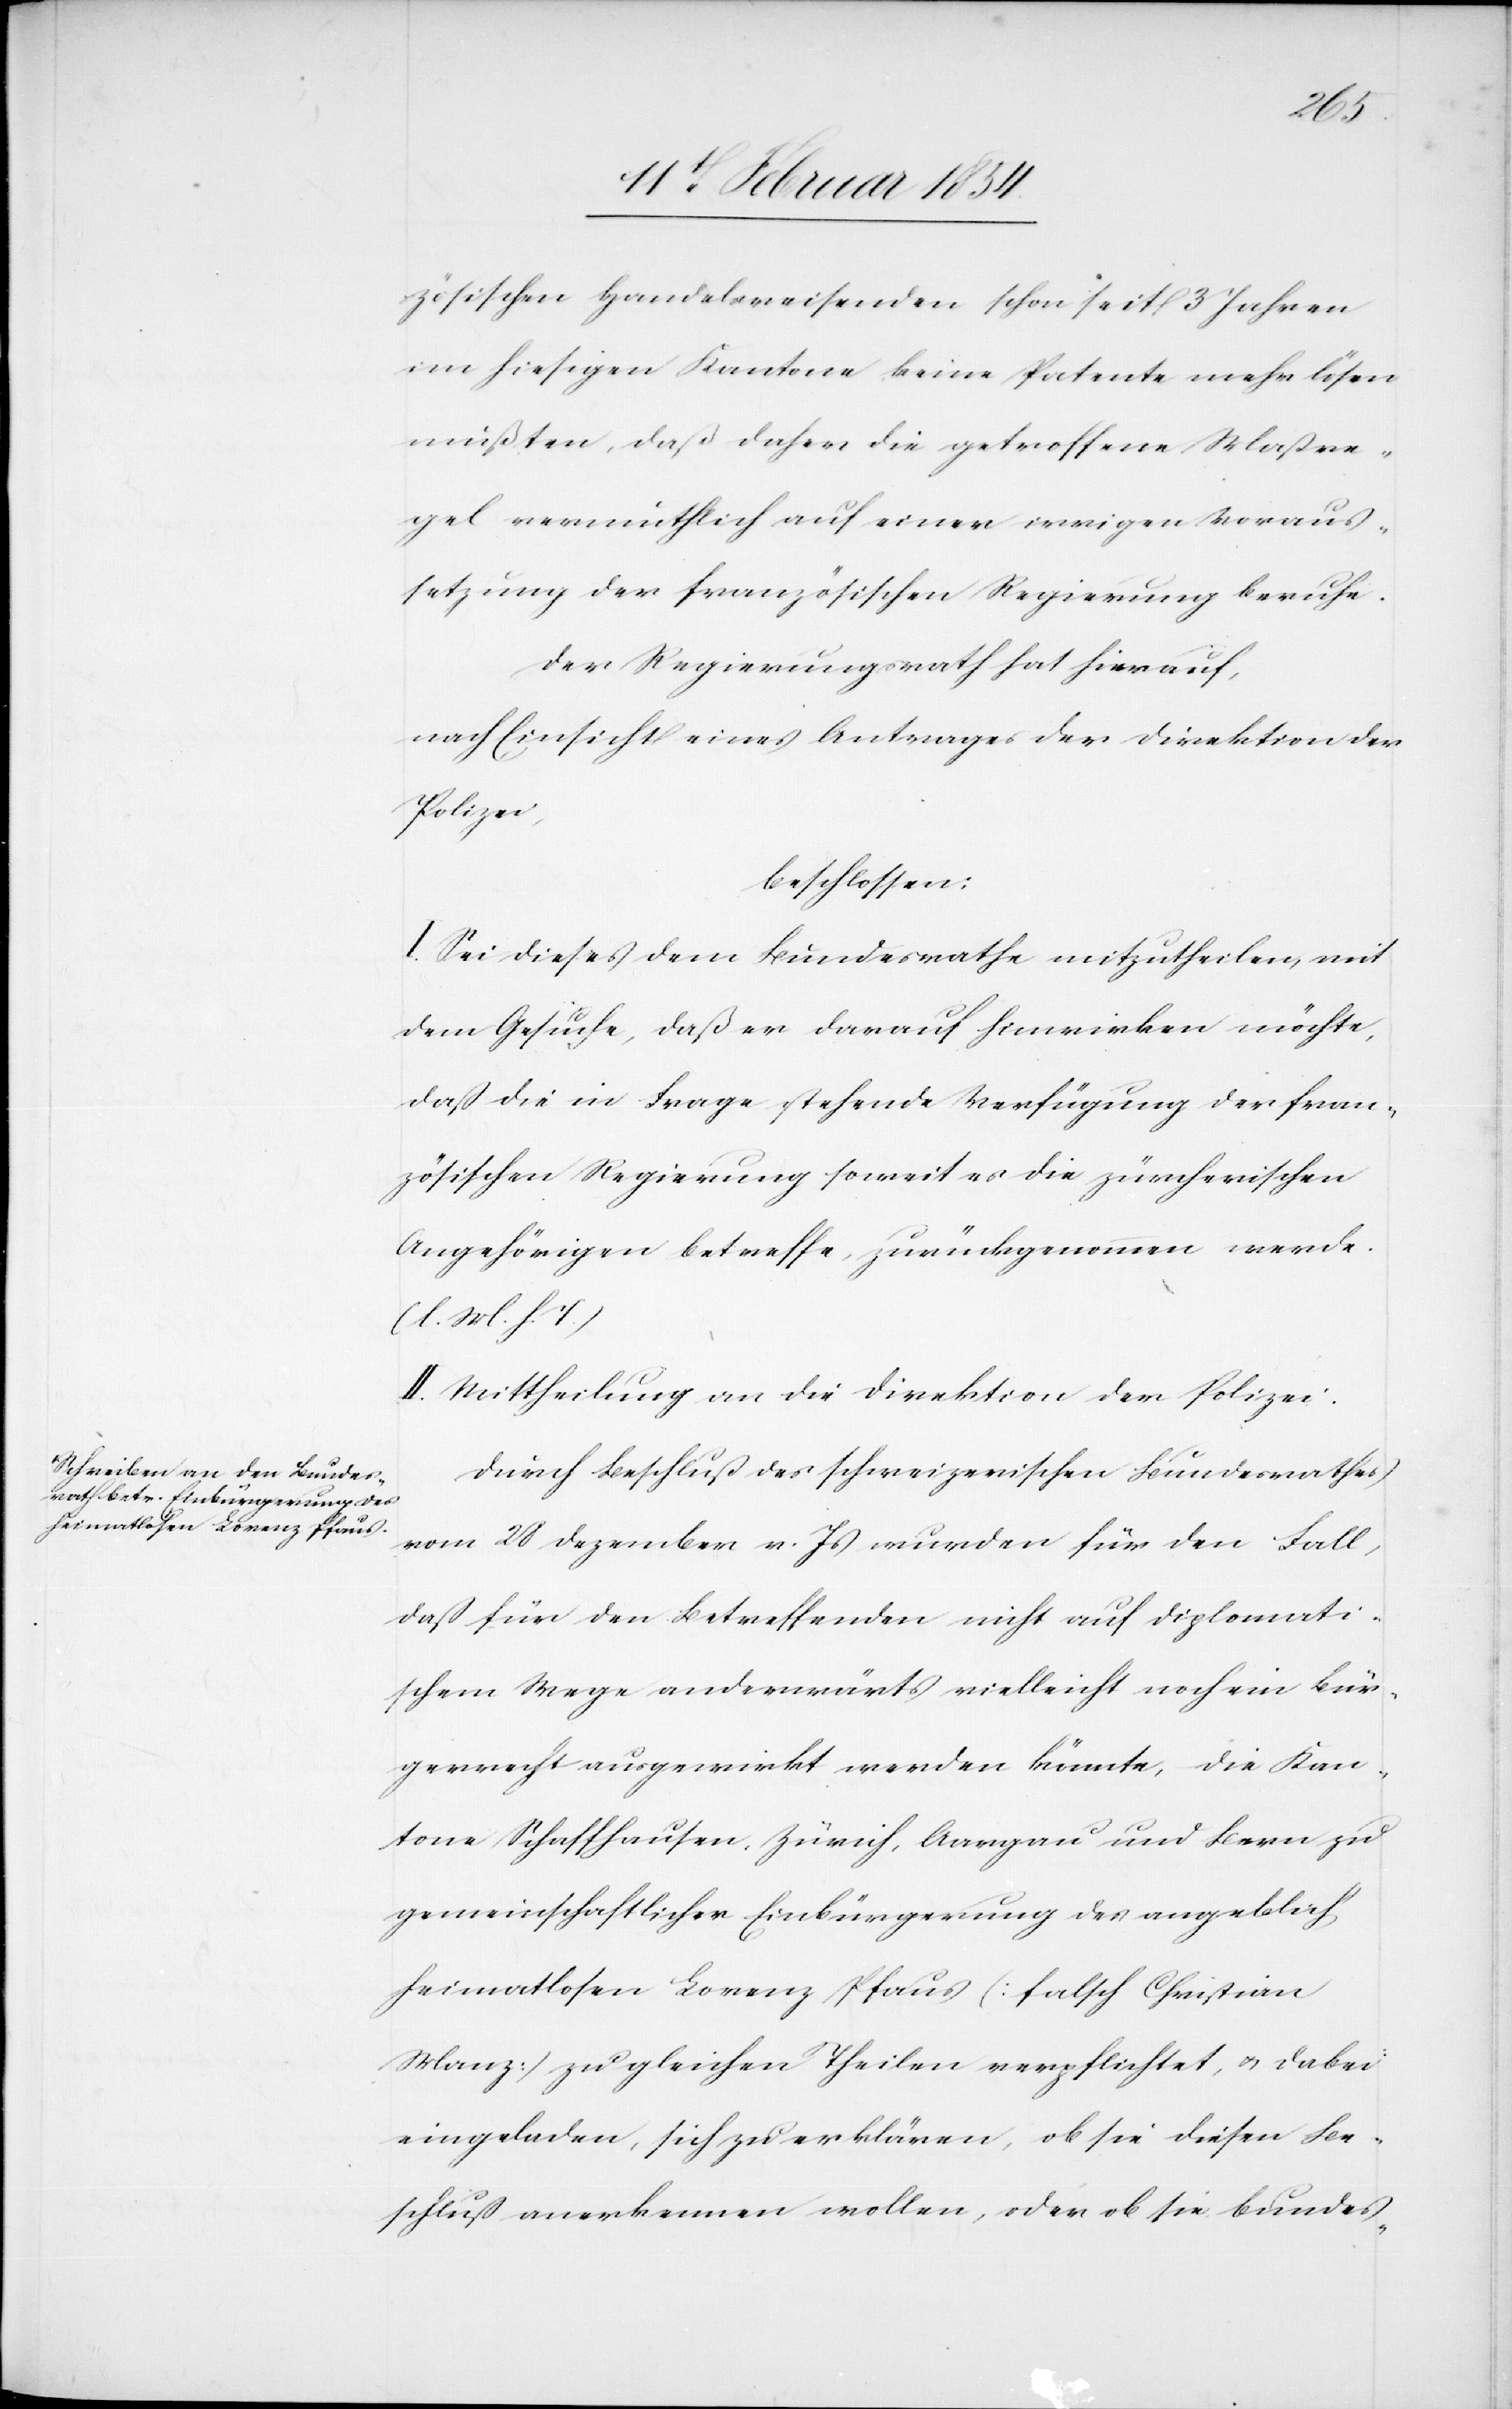
zösischen Handelsreisenden schon seit 3 Jahren
im hiesigen Kanton keine Patente mehr lösen
müßten, daß daher die getroffene Maßre¬
gel vermuthlich auf einer irrigen Voraus¬
setzung der französischen Regierung beruhe.
Der Regierungsrath hat hierauf,
nach Einsicht eines Antrages der Direktion der
Polizei,
beschlossen:
I. Sei dieses dem Bundesrathe mitzutheilen, mit
dem Gesuche, daß er darauf hinwirken möchte,
daß die in Frage stehende Verfügung der fran¬
zösischen Regierung soweit es die zürcherischen
Angehörigen betreffe, zurückgenommen werde.
(l. M. h. T.)
II. Mittheilung an die Direktion der Polizei.
Durch Beschluß des schweizerischen Bundesrathes
vom 28 Dezember v. Js wurden für den Fall,
daß für den betreffenden nicht auf diplomati¬
schem Wege anderwärts vielleicht noch ein Bür¬
gerrecht ausgewirkt werden könnte, die Kan¬
tone Schaffhausen, Zürich, Aargau und Bern zu
gemeinschaftlicher Einbürgerung des angeblich
heimatlosen Lorenz Pfaus (falsch Christian
Manz) zu gleichen Theilen verpflichtet, u. dabei
eingeladen, sich zu erklären, ob sie diesen Be¬
schluß anerkennen wollen, oder ob sie bundes-